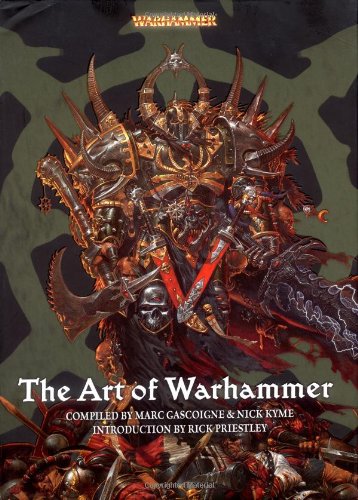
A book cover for The Art of Warhammer; Marc Gascoigne; Science Fiction & Fantasy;